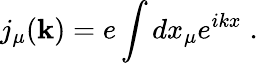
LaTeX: j_{\mu}({\mathbf k})=e\int dx_{\mu}e^{ikx}\; .